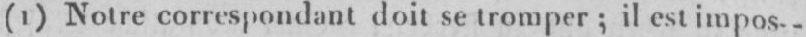
(1) Notre correspondant doit se tromper; il est impos.-